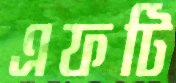
এফটি